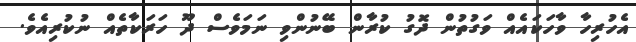
އެހުރިހާ ވާހަކައެއް ވަގުތުން ދޮގު ކުރާން ބޭނުންވި ނަމަވެސް ދޫ ހަރަކާތެއް ނުކުރިއެވެ.